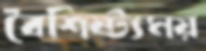
বৈশিষ্ট্যময়